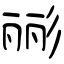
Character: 彨